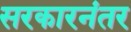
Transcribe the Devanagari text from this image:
सरकारनंतर